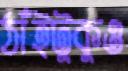
ঠাঁইটুকুও